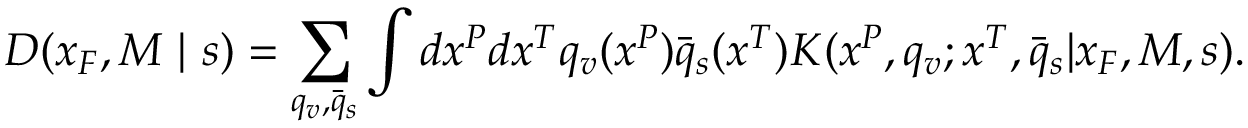
D ( x _ { F } , M \ | \ s ) = \sum _ { q _ { v } , \bar { q } _ { s } } \int d x ^ { P } d x ^ { T } q _ { v } ( x ^ { P } ) \bar { q } _ { s } ( x ^ { T } ) K ( x ^ { P } , q _ { v } ; x ^ { T } , \bar { q } _ { s } | x _ { F } , M , s ) .